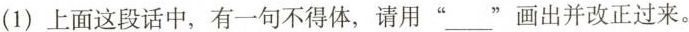
(1)上面这段话中，有一句不得体，请用”___”画出并改正过来。